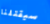
سيقتلنا